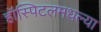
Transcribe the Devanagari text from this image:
हॉस्पिटलमधल्या